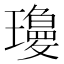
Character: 𱯿